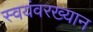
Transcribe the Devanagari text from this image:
स्वयंवरख्यान